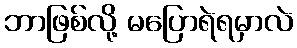
ဘာဖြစ်လို့ မပြောရဲရမှာလဲ